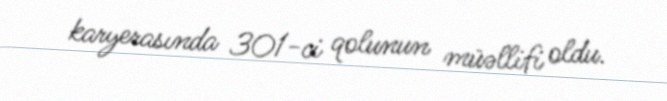
karyerasında 301-ci qolunun müəllifi oldu.